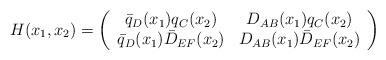
LaTeX: \begin{align*}H(x_{1}, x_{2}) = \left( \begin{array}{cc} \bar{q}_{D}(x_{1}) q_{C}(x_{2}) & D_{AB}(x_{1}) q_{C}(x_{2}) \\ \bar{q}_{D}(x_{1}) \bar{D}_{EF}(x_{2}) & D_{AB}(x_{1}) \bar{D}_{EF}(x_{2}) \end{array} \right)\end{align*}